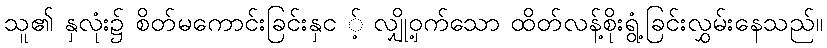
သူ၏ နှလုံး၌ စိတ်မကောင်းခြင်းနှင ့် လျှို့ဝှက်သော ထိတ်လန့်စိုးရွံ့ခြင်းလွှမ်းနေသည်။